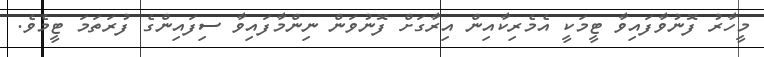
މީހާރު ފޮނުވާފައިވާ ޓީމަކީ އެމެރިކާއިން އިރާގަށް ފޮނުވަން ނިންމާފައިވާ ސިފައިންގެ ފުރަތަމަ ޓީމެވެ.